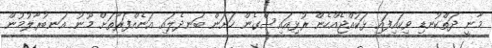
މާނީ ދަތްކުނޑި ވިކައިފައި ޅަކުއްޖެއްހެން ރުޅިއައިސްގެން ހަށަން ބަނދެލައި އަނެއްފަރާތަށް މޫނު އަނބުރާލުމުން